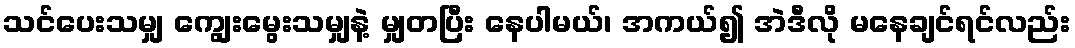
သင်ပေးသမျှ ကျွေးမွေးသမျှနဲ့ မျှတပြီး နေပါမယ်၊ အကယ်၍ အဲဒီလို မနေချင်ရင်လည်း